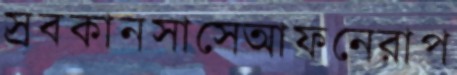
স্রবকানসাসেআফনেরাপ